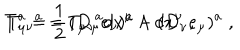
T ^ { a } = \frac { 1 } { 2 } T _ { \mu \nu } { } ^ { a } d x ^ { \mu } \wedge d x ^ { \nu } \; , \hspace { 0 . 5 c m } T _ { \mu \nu } { } ^ { a } = ( D _ { \mu } e _ { \nu } ) ^ { a } - ( D _ { \nu } e _ { \mu } ) ^ { a } \; ,